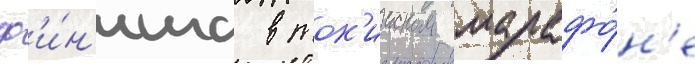
ф'и́н'иша в ток'ииском марафо́н'е